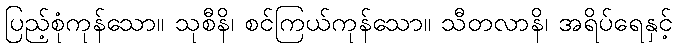
ပြည့်စုံကုန်သော။ သုစီနိ၊ စင်ကြယ်ကုန်သော။ သီတလာနိ၊ အရိပ်ရေနှင့်